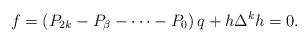
\begin{align*}f=\left( P_{2k}-P_{\beta }-\dots -P_{0}\right) q + h\Delta^{k}h=0. \end{align*}